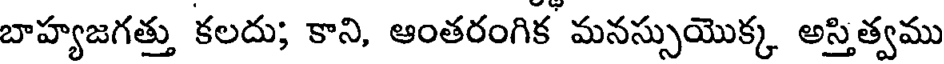
బాహ్యజగత్తు కలదు; కాని, ఆంతరంగిక మనస్సుయొక్క అస్తిత్వము